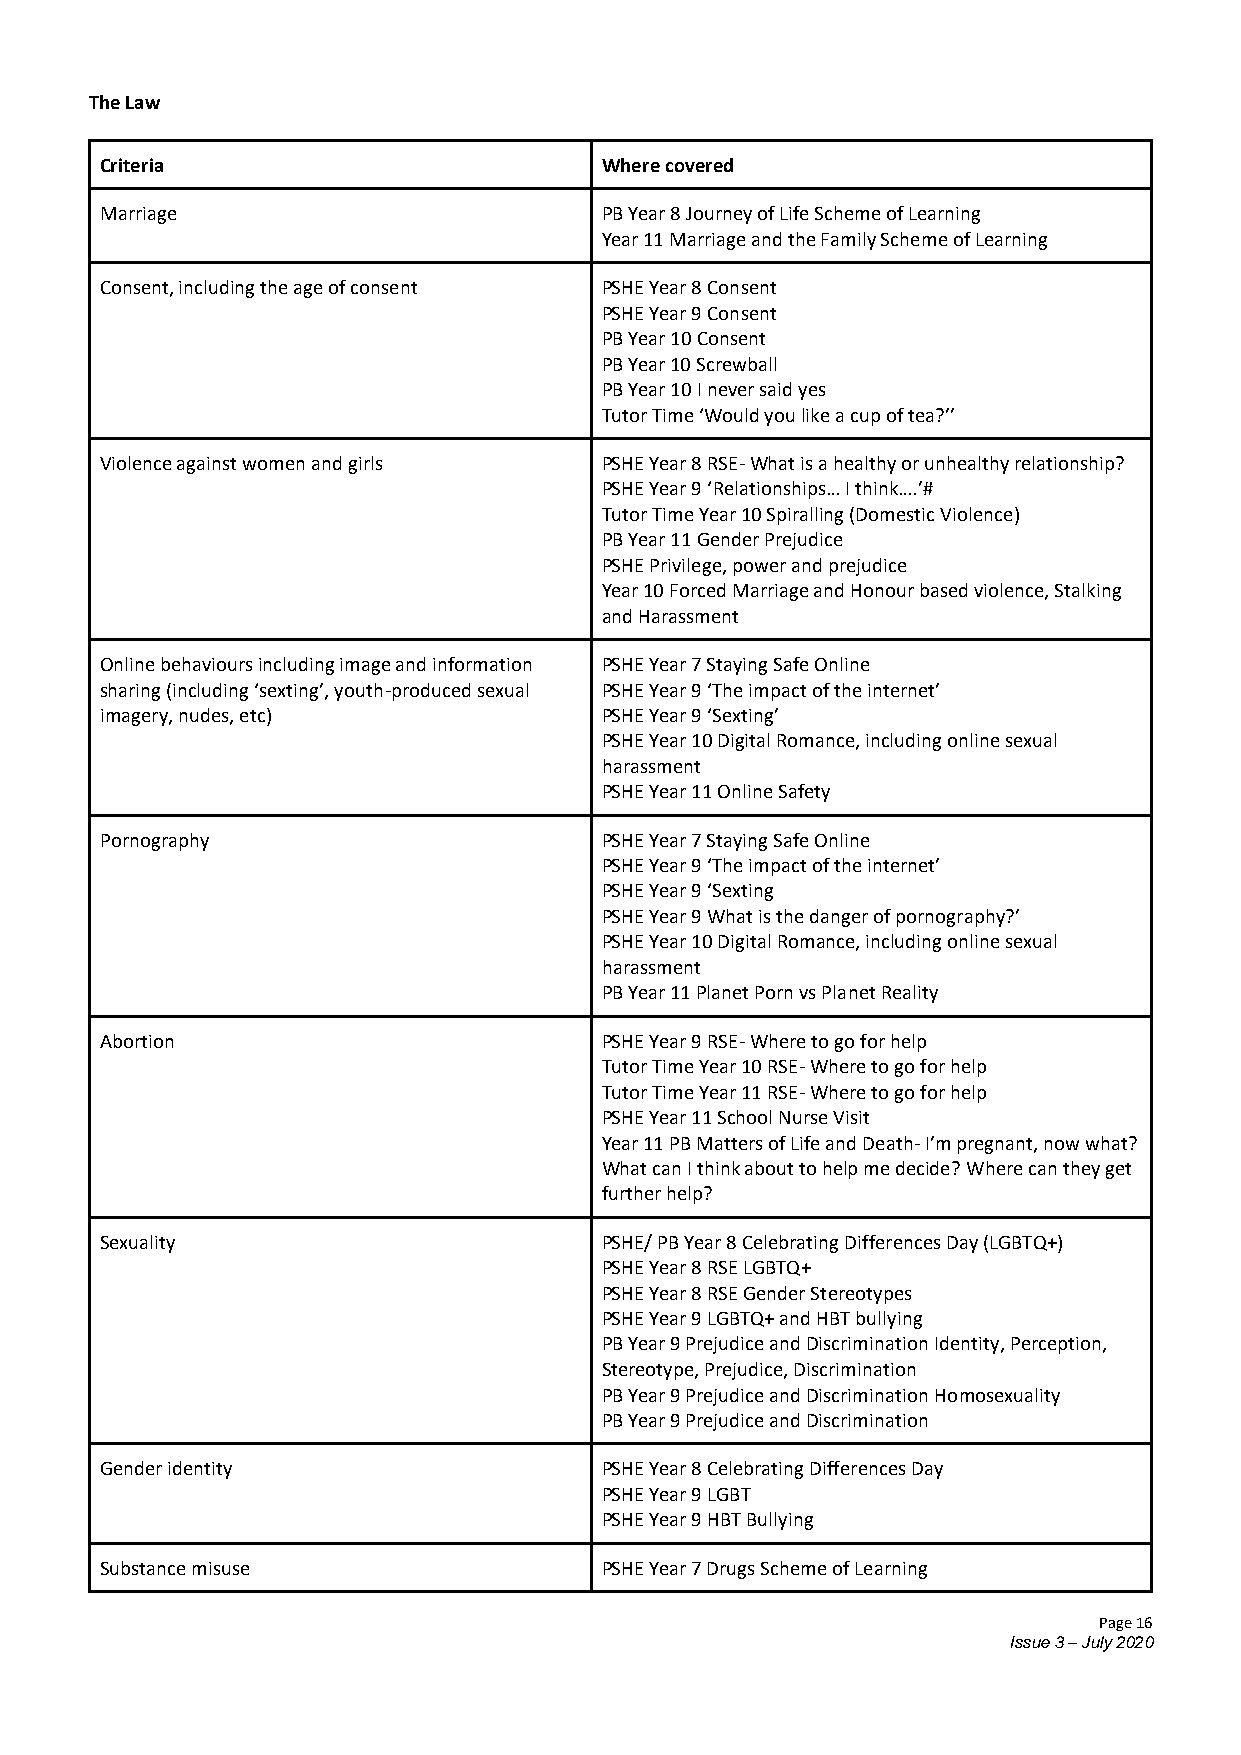
The Law
 Criteria                         Where covered
 Marriage                         PB Year 8 Journey of Life Scheme of Learning
 Year 11 Marriage and the Family Scheme of Learning
 Consent, including the age of consent PSHE Year 8 Consent
 PSHE Year 9 Consent
 PB Year 10 Consent
 PB Year 10 Screwball
 PB Year 10 I never said yes
 Tutor Time ‘Would you like a cup of tea?’’
 Violence against women and girls PSHE Year 8 RSE- What is a healthy or unhealthy relationship?
 PSHE Year 9 ‘Relationships… I think….’#
 Tutor Time Year 10 Spiralling (Domestic Violence)
 PB Year 11 Gender Prejudice
 PSHE Privilege, power and prejudice
 Year 10 Forced Marriage and Honour based violence, Stalking
 and Harassment
 Online behaviours including image and information PSHE Year 7 Staying Safe Online
 sharing (including ‘sexting’, youth-produced sexual PSHE Year 9 ‘The impact of the internet’
 imagery, nudes, etc)             PSHE Year 9 ‘Sexting’
 PSHE Year 10 Digital Romance, including online sexual
 harassment
 PSHE Year 11 Online Safety
 Pornography                      PSHE Year 7 Staying Safe Online
 PSHE Year 9 ‘The impact of the internet’
 PSHE Year 9 ‘Sexting
 PSHE Year 9 What is the danger of pornography?’
 PSHE Year 10 Digital Romance, including online sexual
 harassment
 PB Year 11 Planet Porn vs Planet Reality
 Abortion                         PSHE Year 9 RSE- Where to go for help
 Tutor Time Year 10 RSE- Where to go for help
 Tutor Time Year 11 RSE- Where to go for help
 PSHE Year 11 School Nurse Visit
 Year 11 PB Matters of Life and Death- I’m pregnant, now what?
 What can I think about to help me decide? Where can they get
 further help?
 Sexuality                        PSHE/ PB Year 8 Celebrating Differences Day (LGBTQ+)
 PSHE Year 8 RSE LGBTQ+
 PSHE Year 8 RSE Gender Stereotypes
 PSHE Year 9 LGBTQ+ and HBT bullying
 PB Year 9 Prejudice and Discrimination Identity, Perception,
 Stereotype, Prejudice, Discrimination
 PB Year 9 Prejudice and Discrimination Homosexuality
 PB Year 9 Prejudice and Discrimination
 Gender identity                  PSHE Year 8 Celebrating Differences Day
 PSHE Year 9 LGBT
 PSHE Year 9 HBT Bullying
 Substance misuse                 PSHE Year 7 Drugs Scheme of Learning
 Page 16
 Issue 3 – July 2020